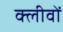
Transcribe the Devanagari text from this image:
क्लीवों